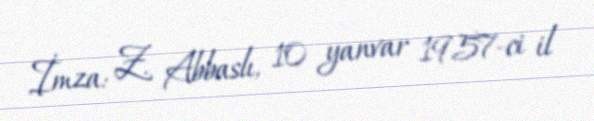
İmza: Z. Abbaslı, 10 yanvar 1957-ci il